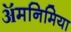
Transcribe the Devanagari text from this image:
ॲमनिमिया